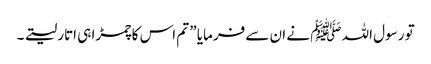
تو رسول اللہ ﷺ نے ان سے فرمایا ” تم اس کا چمڑا ہی اتار لیتے ۔